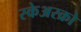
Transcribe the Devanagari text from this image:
स्केअरक्रो